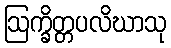
ဩက္ခိတ္တပလိဃာသု